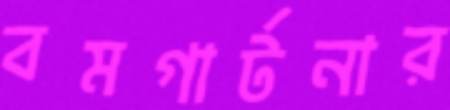
বমগার্টনার